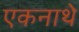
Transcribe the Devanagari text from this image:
एकनाथे